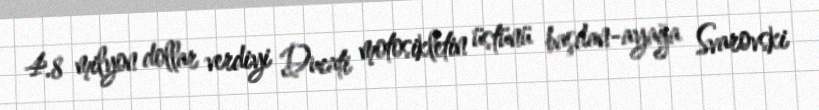
4.8 milyon dollar verdiyi Ducati motosikletin üstünü başdan-ayağa Svarovski